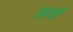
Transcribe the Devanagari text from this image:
अर्थं